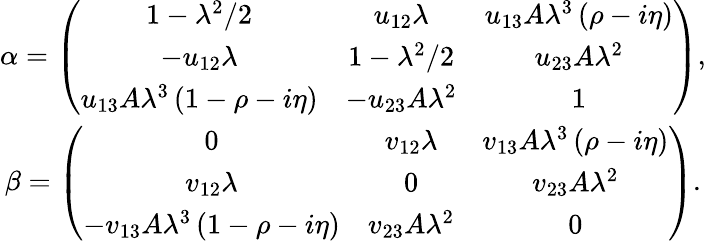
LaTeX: \begin{array}{c}{{\alpha=\left(\begin{array}{ccc}{{1-\lambda^{2}/2}}&{{u_{12}\lambda}}&{{u_{13}A\lambda^{3}\left(\rho-i\eta\right)}}\\ {{-u_{12}\lambda}}&{{1-\lambda^{2}/2}}&{{u_{23}A\lambda^{2}}}\\ {{u_{13}A\lambda^{3}\left(1-\rho-i\eta\right)}}&{{-u_{23}A\lambda^{2}}}&{{1}}\end{array}\right),}}\\ {{\beta=\left(\begin{array}{ccc}{{0}}&{{v_{12}\lambda}}&{{v_{13}A\lambda^{3}\left(\rho-i\eta\right)}}\\ {{v_{12}\lambda}}&{{0}}&{{v_{23}A\lambda^{2}}}\\ {{-v_{13}A\lambda^{3}\left(1-\rho-i\eta\right)}}&{{v_{23}A\lambda^{2}}}&{{0}}\end{array}\right).}}\end{array}